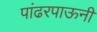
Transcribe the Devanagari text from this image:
पांढरपाऊनी